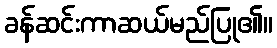
ခန်ဆင်းကာဆယ်မည်ပြု၏။